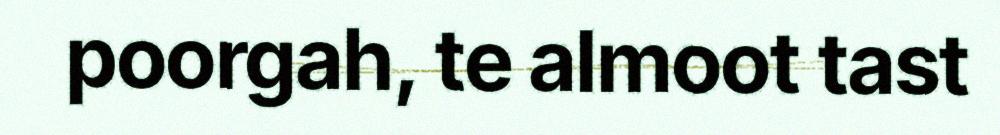
poorgah, te almoot tast